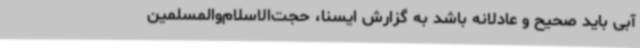
آبی باید صحیح و عادلانه باشد به گزارش ایسنا، حجت‌الاسلام‌والمسلمین